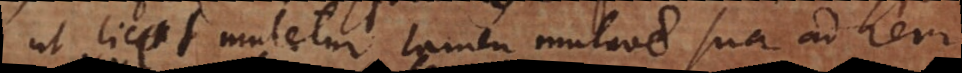
ut licet mutetur, tamen mutatione sua ad rem